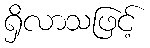
ရှိလာသဖြင့်